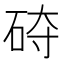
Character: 𰦵